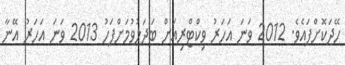
ހޭދަކޮށްފައެވެ. 2012 ވަނަ އަހަރު ވިކްޓްރިއަށް ބަދަލުވުމަށްފަހު 2013 ވަނަ އަހަރު އޭނާ